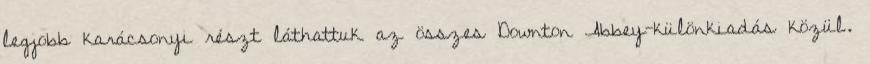
legjobb karácsonyi részt láthattuk az összes Downton Abbey-különkiadás közül.